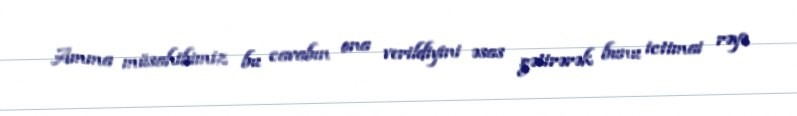
Amma müsahibimiz bu cavabın ona verildiyini əsas gətirərək bunu ictimai rəyə